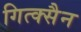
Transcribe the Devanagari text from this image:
गित्क्सैन